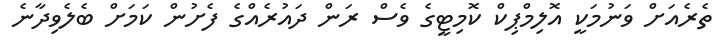
ތެރެއަށް ވަނުމަކީ އޮލިމްޕިކް ކޮމިޓީގެ ވެސް ރަން ދައުރެއްގެ ފެށުން ކަމަށް ބެލެވިދާނެ